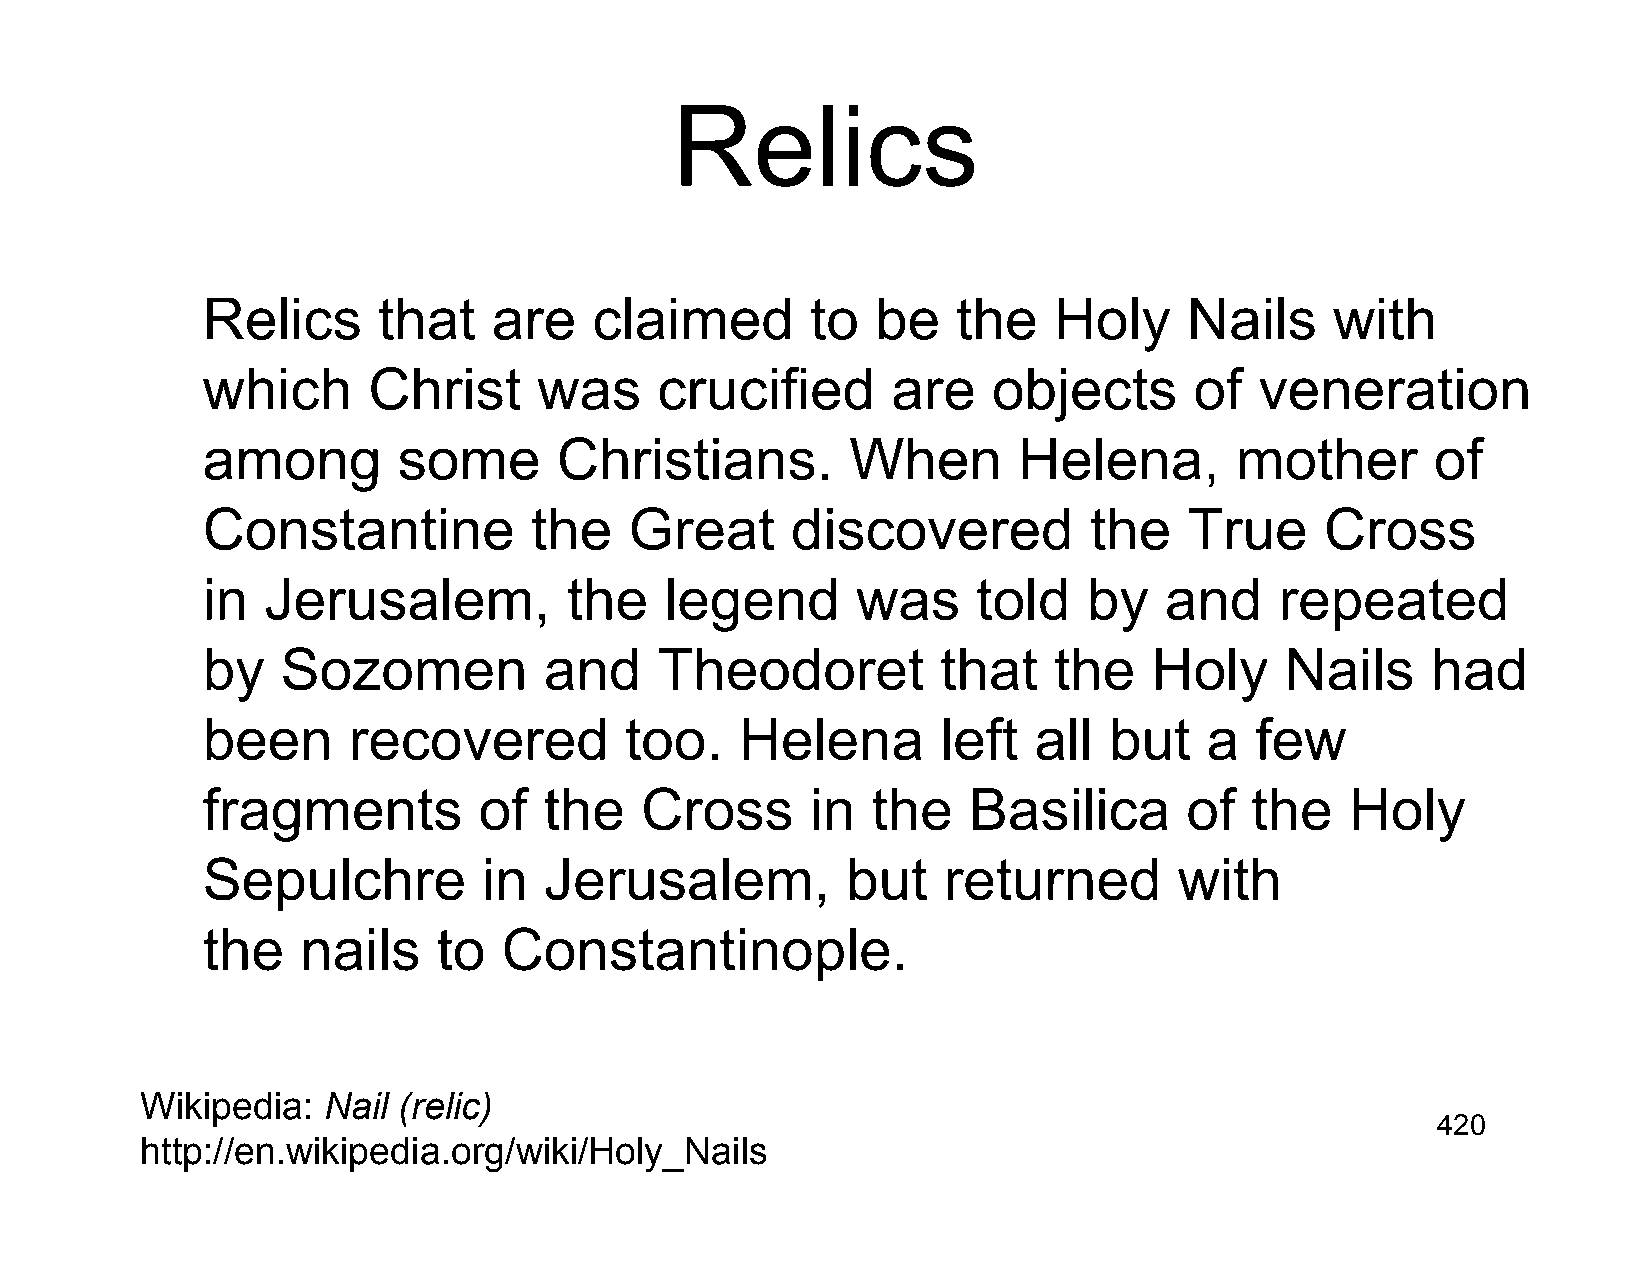
Relics
 Relics      that    are   claimed        to  be   the    Holy     Nails    with
 which      Christ      was     crucified      are    objects      of  veneration
 among        some       Christians.        When       Helena,        mother       of
 Constantine           the    Great     discovered          the    True     Cross
 in   Jerusalem,          the   legend       was     told   by   and     repeated
 by    Sozomen          and     Theodoret         that    the   Holy     Nails     had
 been      recovered         too.    Helena       left  all  but    a  few
 fragments          of  the   Cross       in  the   Basilica       of  the   Holy
 Sepulchre          in  Jerusalem,          but   returned        with
 the    nails    to  Constantinople.
 Wikipedia:  Nail (relic)
 420
 http://en.wikipedia.org/wiki/Holy_Nails